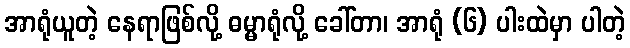
အာရုံယူတဲ့ နေရာဖြစ်လို့ ဓမ္မာရုံလို့ ခေါ်တာ၊ အာရုံ (၆) ပါးထဲမှာ ပါတဲ့